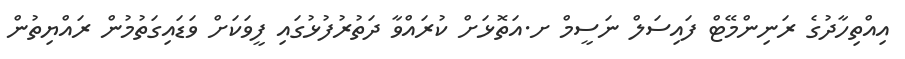
އިއްތިހާދުގެ ރަނިންމޭޓް ފައިސަލް ނަސީމް ށ.އަތޮޅަށް ކުރައްވާ ދަތުރުފުޅުގައި ފީވަކަށް ވަޑައިގަތުމުން ރައްޔިތުން